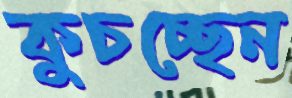
কুচচ্ছেন